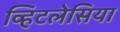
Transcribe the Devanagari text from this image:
व्हिटलेसिया